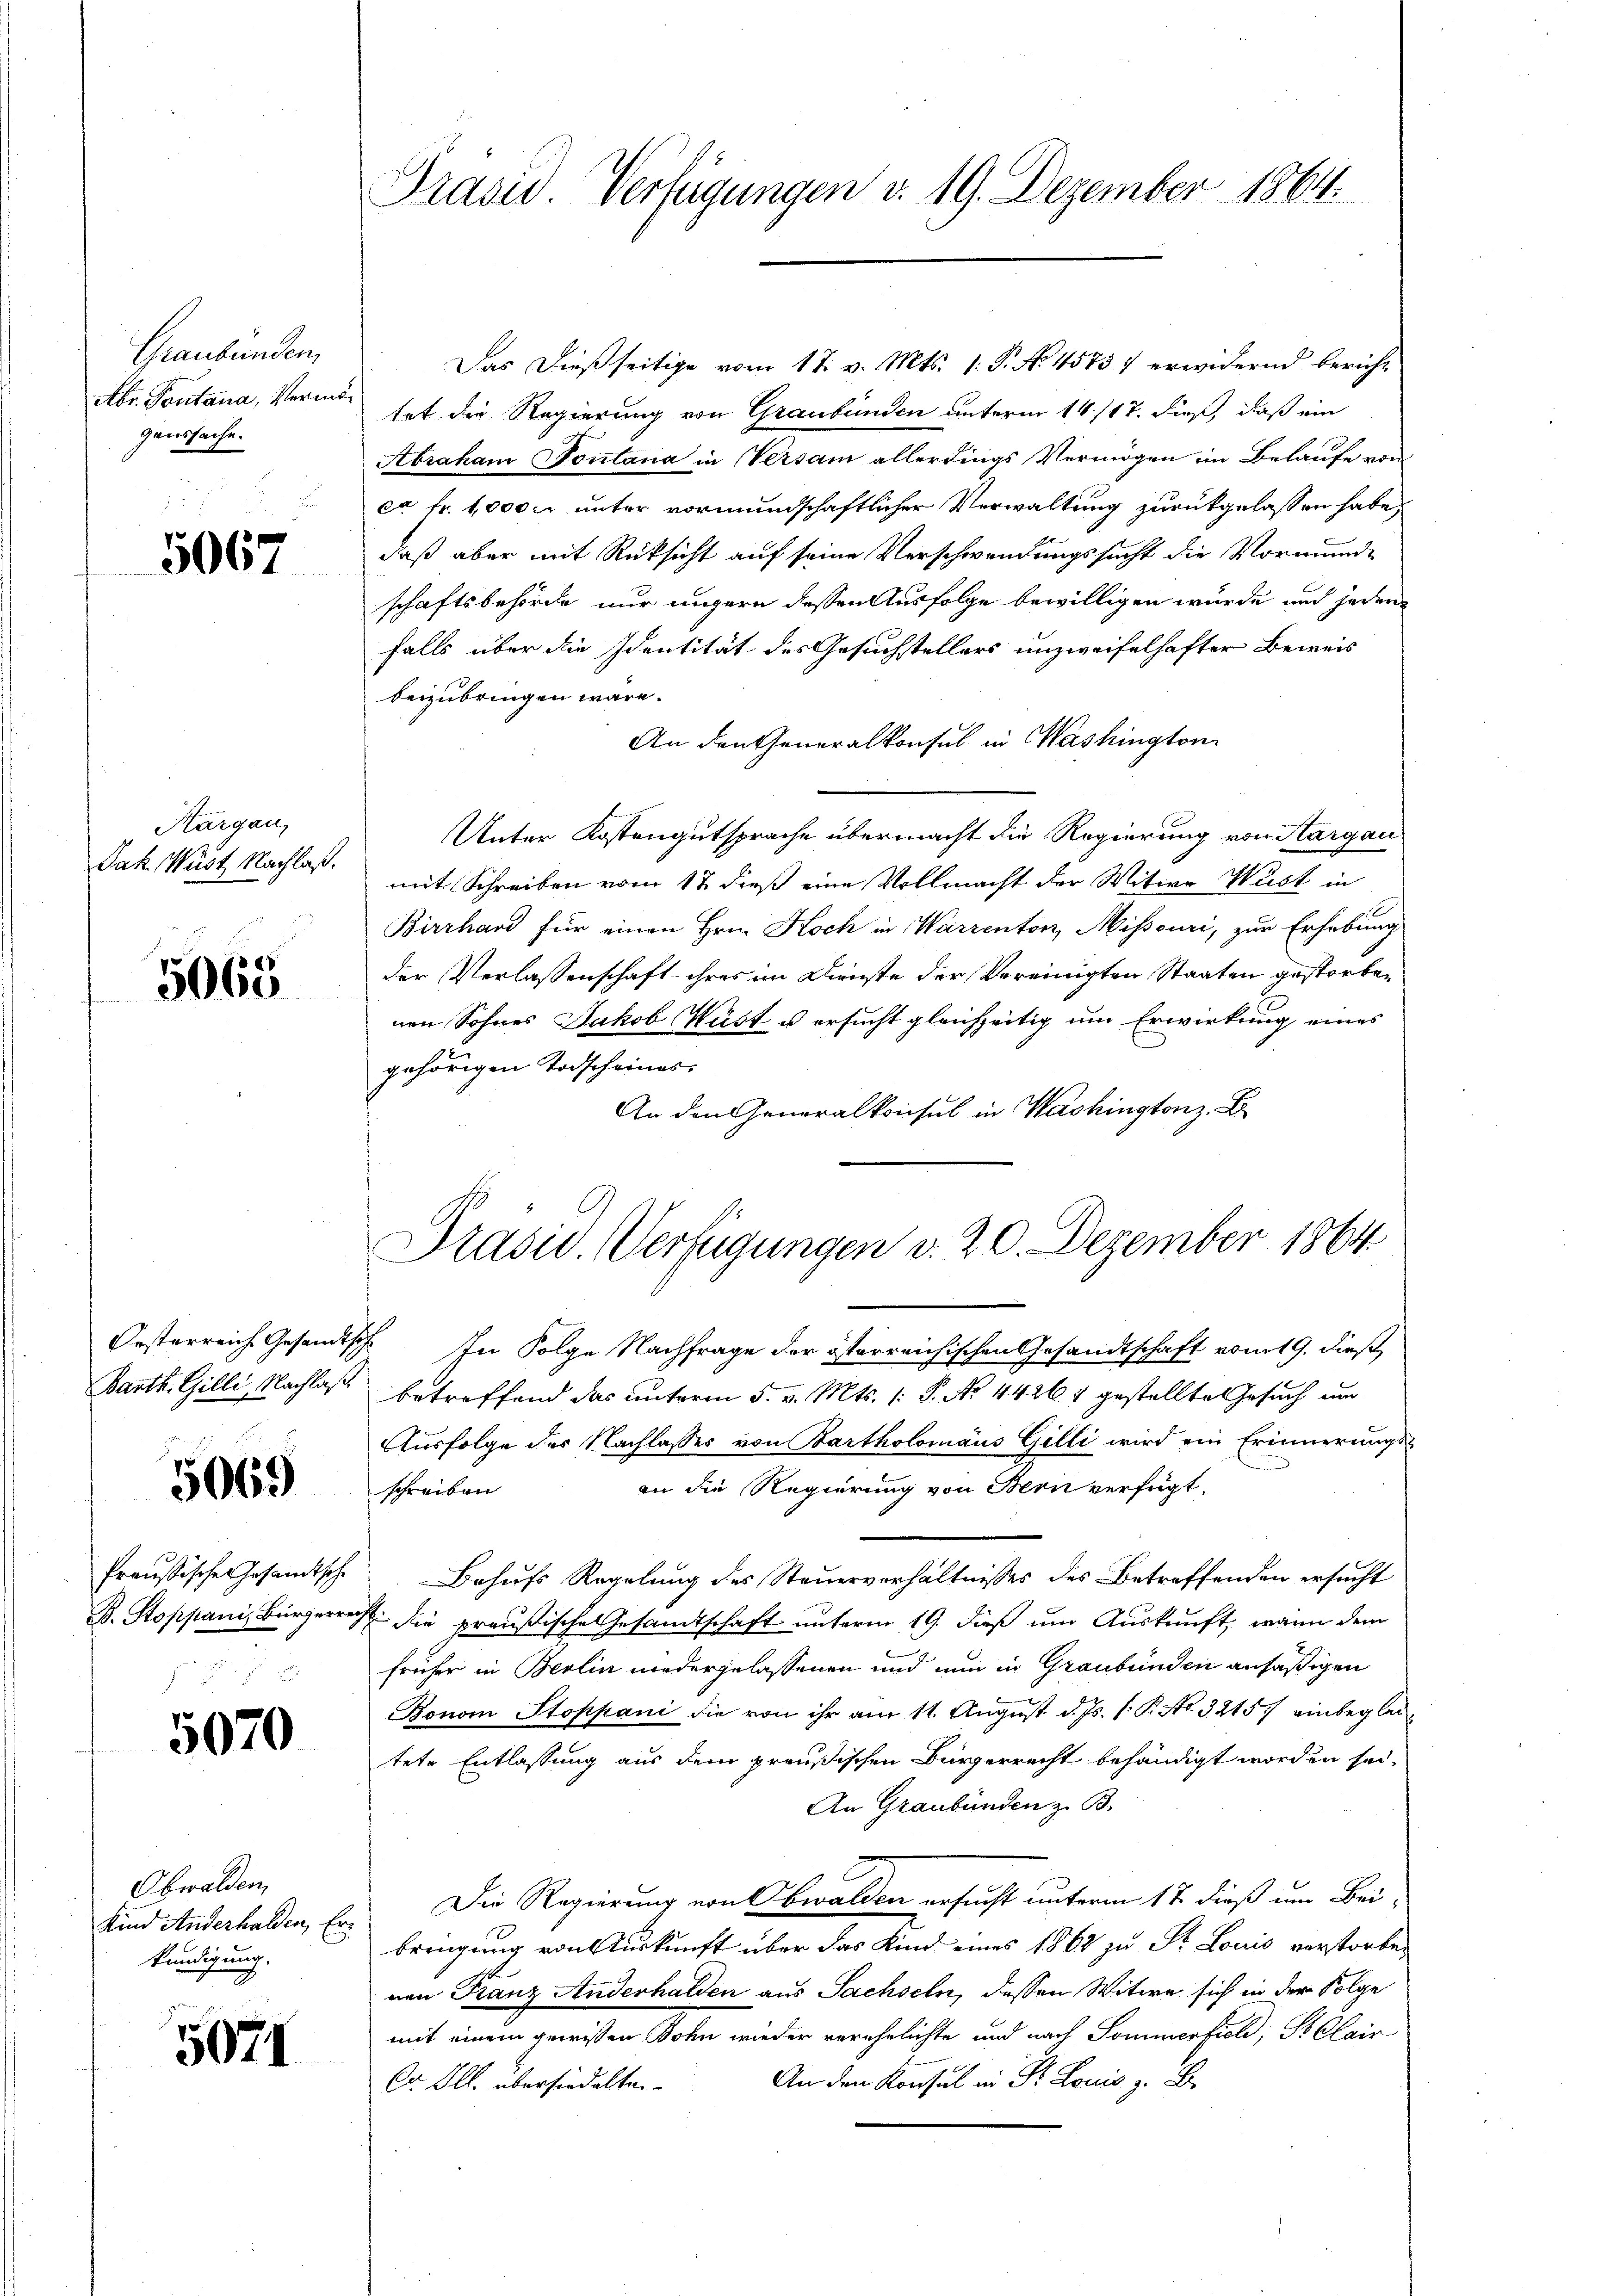
Graubünden,
Abr. Pontana, Vermögenssache.

5067

Kargau,
Jak. Wüst Nachlaß.

5065

Oesterreiche Gesandt
Barth. Gilli, Nachlaß

5069

Preußische Gesandtsche
B. Stoppani, Bürgerr

5070

Obwalden,
Kind Anderhalden, Erkündigung.

5071

Prases Verfügungen v. 19. Dezember 1864

Das dießseitige vom 17. v. Mts. 1. P. No. 45757 erwidernd bericht
tet die Regierung von Graubünden unterm 14/17. dieß, daß ein
Abraham Sontana in Versam allerdings Vermögen im Belaufe von
ex fr. 1000 kr unter vormundschaftlicher Verwaltung zurückgelassen habe,
daß aber mit Rücksicht auf seine Verschwendungssucht die Vormunde
schaftsbehörde nur ungern dessen Ausfolge bewilligen wurde und jeden
falls über die Identität des Gesuchstellers unzweifelhafter Beweis
beizubringen wäre.
An den Generalkonsul in Washington
Unter Kostengutsprache übermacht die Regierung von Aargau
mit Schreiben vom 12 dieß eine Vollmacht der Witwe Wust in
Birrhard für einen Hrn. Koch in Warrenton, Missouri, zur Erhebung
der Verlassenschaft ihres im Dienste der Vereinigten Staaten gestorben
nen Sohnes Jakob Wüst u ersucht gleichzeitig um Erwirkung eines
gehörigen Todscheines:
An den Generalkonsul in Washingtonz. E
 In Folge Nachfrage der österreichischen Gesandtschaft vom 19. dieß,
betreffend das unterm 5. v. Mts. 1. P. No. 44264 gestellte Gesuch um
Ausfolge des Nachlasses von Bartholomäus Gilli wird ein Erinnerungsan die Regierung von Bern verfügt:
schreiben
Behufs Regelung des Steuerverhältnisses des Betreffenden ersucht
1 die preußische Gesandtschaft unterm 19. dieß um Auskunft, wann dem
früher in Berlin niedergelassenen und nun in Graubünden ansäßigen
Bonom Stoppani die von ihr am 11. August d. Js. 1. P. Nr. 32157 einbegleitete Entlassung aus dem preußischen Bürgerrecht behändigt worden sei,
An Graubünden z. B.
Die Regierung von Obwalden ersucht unterm 17. dieß um Beibringung von Auskunft über das Kind eines 1862 zu Sr. Louis verstorben
nen Franz Anderhalden aus Sachseln, dessen Witwe sich in der Folge
mit einem gewissen Bohn wieder verehelichte und nach Sommerfiel, B Clair-
An den Konsul in Dr. Lonis z. B.
Cr Ill. übersiedelten

Präsid. Verfügungen v. 20. Dezember 1864